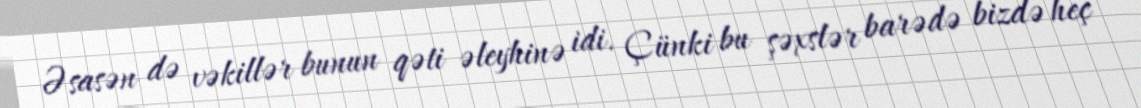
Əsasən də vəkillər bunun qəti əleyhinə idi. Çünki bu şəxslər barədə bizdə heç